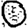
Digit: 0